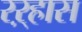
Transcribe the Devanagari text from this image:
रऱ्हास